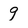
Character: 9